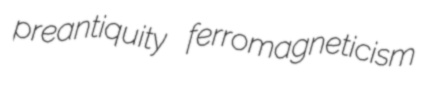
preantiquity ferromagneticism